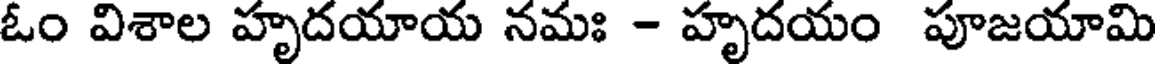
ఓం విశాల హృదయాయ నమః - హృదయం పూజయామి